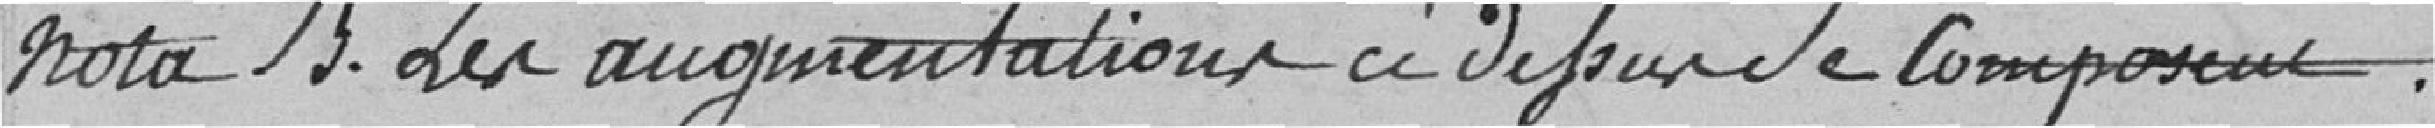
nota bene. Les augmentations ci-dessous se composent